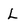
Character: L